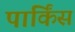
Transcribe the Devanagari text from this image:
पार्किंस